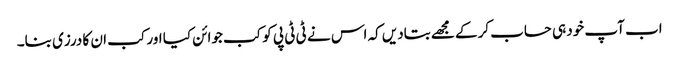
اب آپ خود ہی حساب کرکے مجھے بتادیں کہ اس نے ٹی ٹی پی کو کب جوائن کیا اور کب ان کا درزی بنا۔